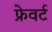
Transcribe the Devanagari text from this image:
फ्रेवर्ट